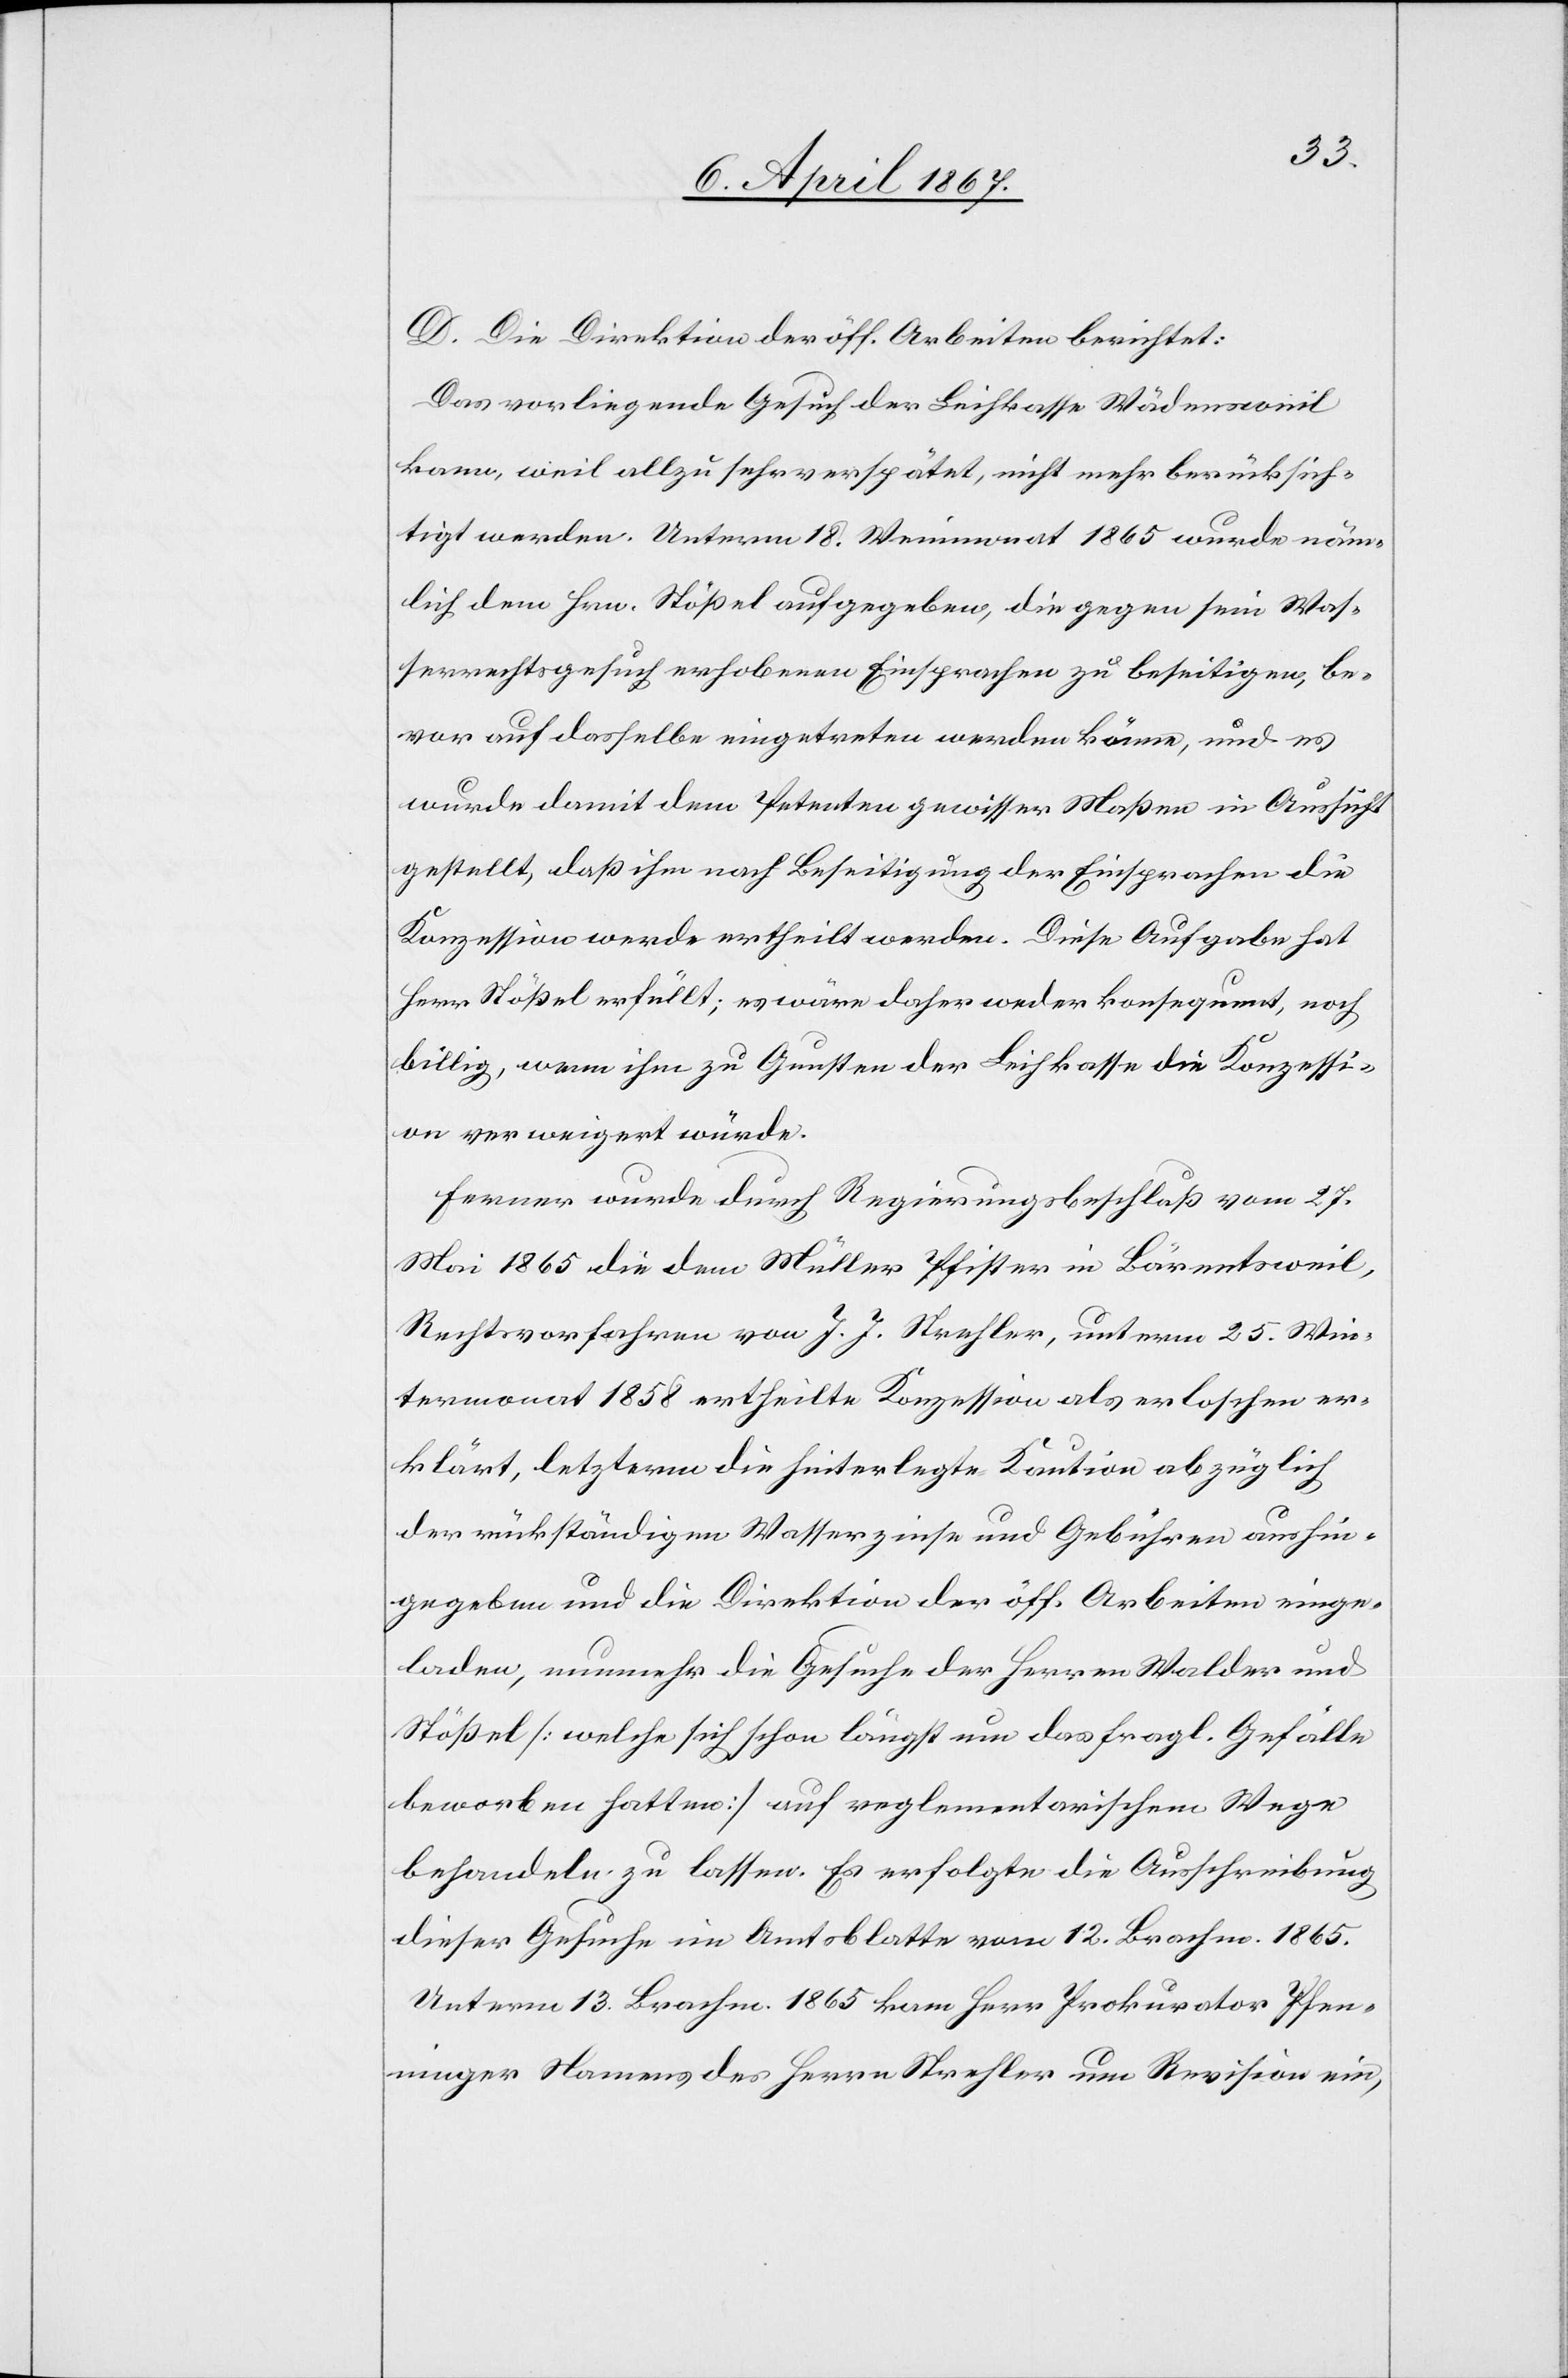
D. Die Direktion der öff. Arbeiten berichtet:
Das vorliegende Gesuch der Leihkasse Wädensweil
kann, weil allzu sehr verspätet, nicht mehr berücksich¬
tigt werden. Unterm 18. Weinmonat 1865 wurde neuer¬
lich dem Hrn. Stößel aufgegeben, die gegen sein Was¬
serrechtsgesuch erhobenen Einsprachen zu beseitigen, be¬
vor auf dasselbe eingetreten werden könne, und es
wurde damit dem Petenten gewisser Maßen in Aussicht
gestellt, daß ihm nach Beseitigung der Einsprachen die
Konzession werde ertheilt werden. Diese Aufgabe hat
Herr Stößel erfüllt; es wäre daher weder konsequent, noch
billig, wenn ihm zu Gunsten der Leihkasse die Konzessi¬
on verweigert würde.
Ferner werde durch Regierungsbeschluß vom 27.
Mai 1865 die dem Müller Pfister in Bärentsweil,
Rechtsvorfahren vom J. J. Strechler, unterm 25. Win¬
termonat 1858 ertheilte Konzession als erloschen er¬
klärt, letzterm die hinterlegte Kaution abzüglich
der rückständigen Wasserzinse und Gebühren aushin¬
gegeben und die Direktion der öff. Arbeiten einge¬
laden, nunmehr die Gesuche der Herren Walder und
Stößel [welche sich schon längst um das fragl. Gefälle
beworben hatten] auf reglementarischem Wege
behandeln zu lassen. Es erfolgte die Ausschreibung
dieser Gesuche im Amtsblatte vom 12. Brachm. 1865.
Unterm 13. Brachm. 1865 kam Prokurator Pfen¬
ninger Namens des Herren Strechler um Revision ein,